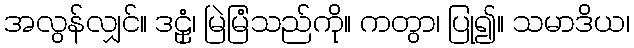
အလွန်လျှင်။ ဒဠှံ၊ မြဲမြံသည်ကို။ ကတွာ၊ ပြု၍။ သမာဒိယ၊